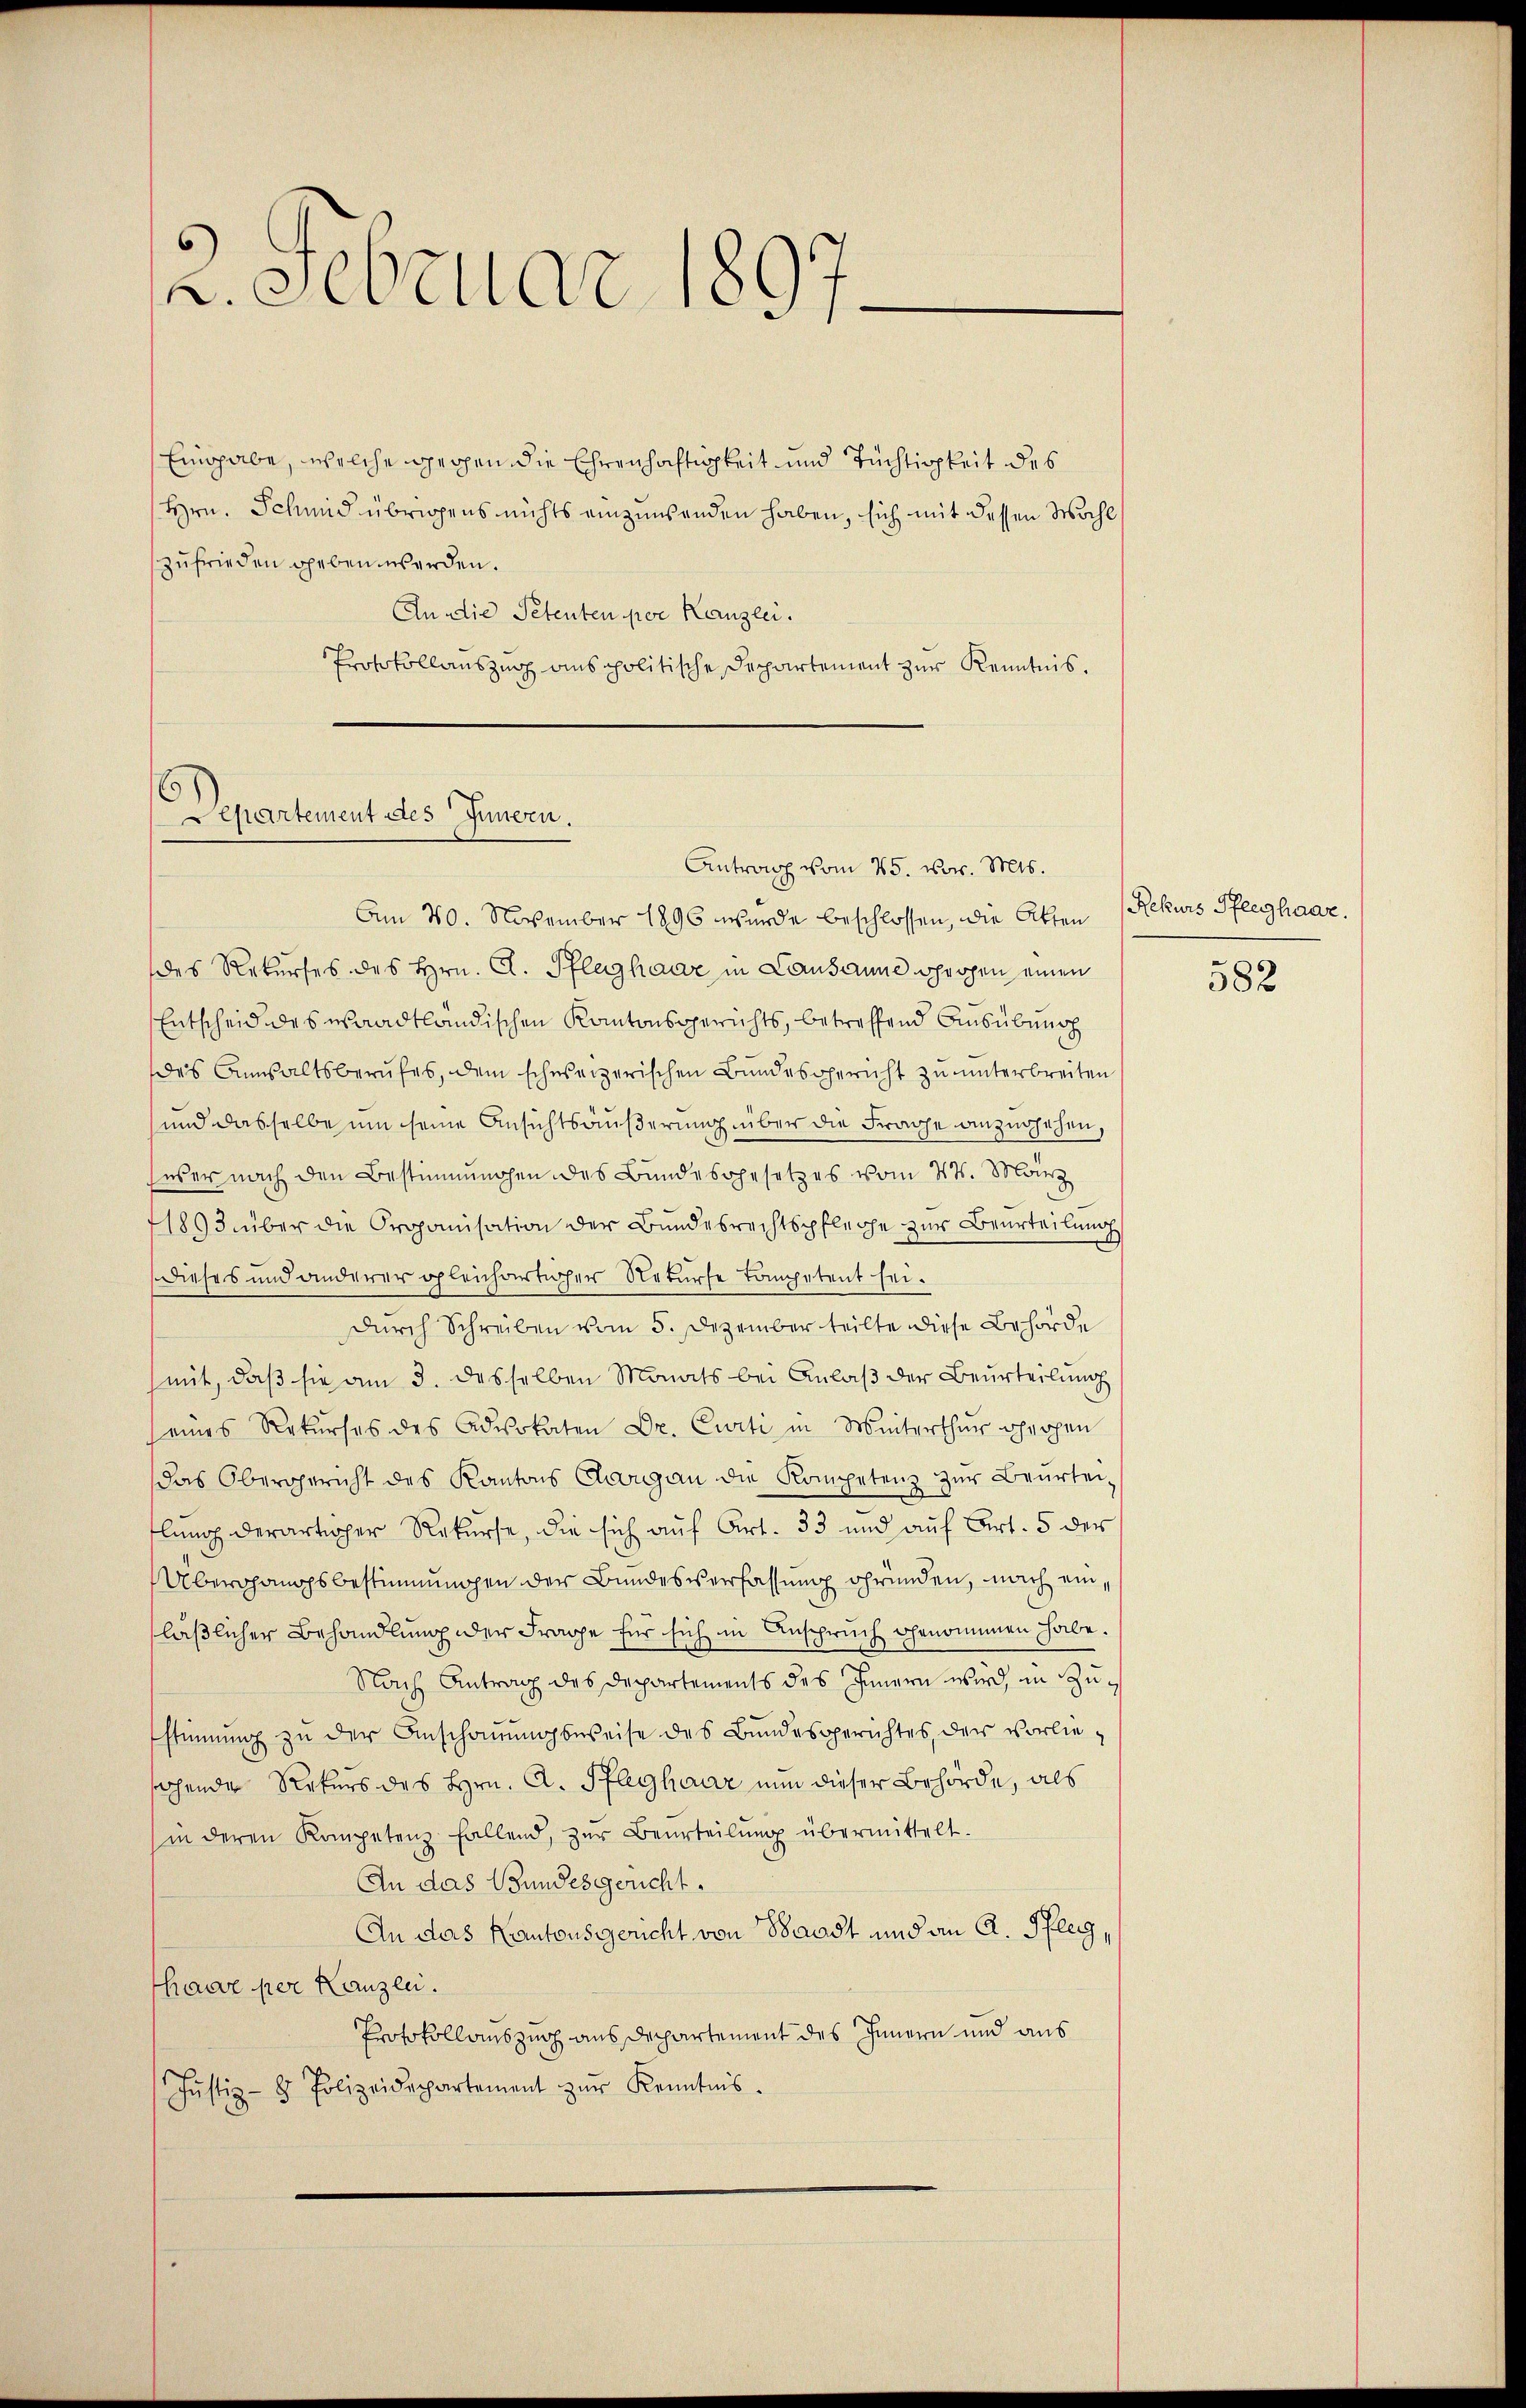
2. Februar 1897

Eingabe, welche gegen die Ehrenhaftigkeit und Tüchtigkeit des
Hrn. Schmid übrigens nichts einzuwenden haben, sich mit dessen Wahl
zufrieden geben werden.
An die Petenten per Kanzlei.
Protokollauszug aus politische Departement zur Kenntnis.

5
Lepartement des Innern.
Antrag vom 25. vor. Mts.

Am 20. November 1896 wurde beschlossen, die Atten
des Rekurses des Hrn. A. Pfleghaar in Lausanne drohen einen
Entscheid des waadtländischen Kantonsgerichts, betreffend Ausübend
des Anwaltsberufes, dem schweizerischen Bundesgericht zu unterbreiten
und dasselbe um seine Ansichtsäußerung über die Frage anzugehen,
eser nach den Bestimmungen des Bundesgesetzes vom 27. März
11893 über die Organisation der Bundesrechtspfleche zur Beurteilung
Dieses und anderer gleichartiger Rekurse kompetent sei.
Durch Schreiben vom 5. Dezember teilte diese Behörde
mit, daß sie am 3. desselben Monats bei Anlaß der Beurteilung
seines Rekurses des Advokaten Dr. Curti in Winterthur Ghergen
das Obergericht des Kantons Aargau die Kompetenz zur Beurtei-
lung derartiger Rekurse, die sich auf Art. 33 und auf Art. 5 der
Übergangsbestimmungen der Bundesverfassung gründen, nach ein
läßlicher Behandlung der Frage für sich in Anspruch genommen habe.
Nach Antrag des Departements des Innern wird, in Zustimmung zŭ der Anschauungsweise des Bundesgerichtes, der vorliesehende Rekurs des Hrn. A. Pfleghaar nun dieser Behörde, als
(in deren Kompetenz fallend, zur Beurteilŭng übermittelt.
An das Wundesgericht
An das Kantonsgericht von Waadt und an A. Pfleg,
haare per Kanzlei.
Protokollauszug aus Dechartement des Innern und aus
Jŭstiz- & Polizeidepartement zŭr Kenntnis.

Rekurs Pfleghaar.

582